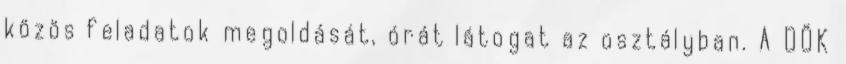
közös feladatok megoldását, órát látogat az osztályban. A DÖK